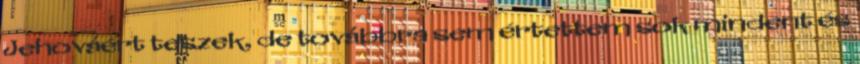
Jehováért teszek, de továbbra sem értettem sok mindent és